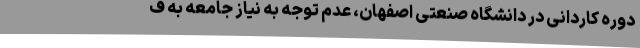
دوره کاردانی در دانشگاه صنعتی اصفهان، عدم توجه به نیاز جامعه به ف